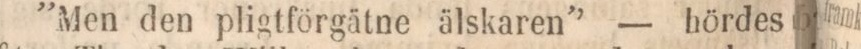
”Men den pligtförgätne älskaren” — hördes